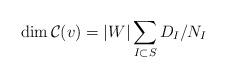
LaTeX: \begin{align*} \dim \mathcal{C}(v) = |W|\sum_{I \subset S} D_I/N_I\end{align*}